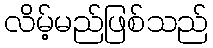
လိမ့်မည်ဖြစ်သည်